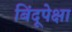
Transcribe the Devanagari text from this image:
बिंदूपेक्षा